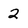
Character: 2